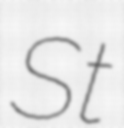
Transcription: St